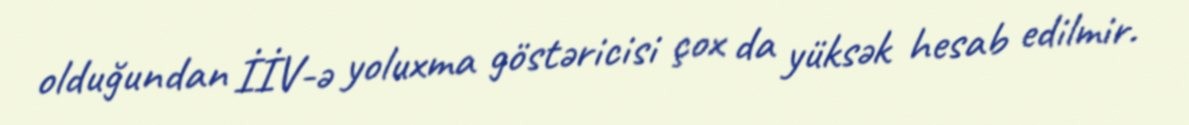
olduğundan İİV-ə yoluxma göstəricisi çox da yüksək hesab edilmir.